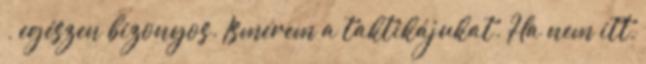
–, egészen bizonyos. Ismerem a taktikájukat. Ha nem itt,